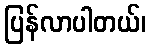
ပြန်လာပါတယ်၊